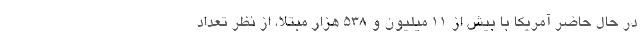
در حال حاضر آمریکا با بیش از ۱۱ میلیون و ۵۳۸ هزار مبتلا، از نظر تعداد